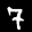
Label: 7